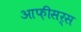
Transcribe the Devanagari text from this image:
आफ़ीसर्स